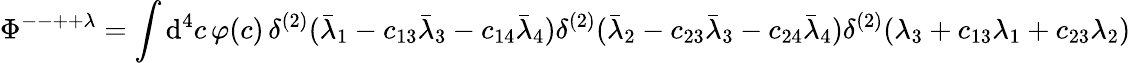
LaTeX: \Phi^{--++\lambda}=\int\mathrm{d}^{4}c\, \varphi(c)\, \delta^{(2)}(\bar{\lambda}_{1}-c_{13}\bar{\lambda}_{3}-c_{14}\bar{\lambda}_{4})\delta^{(2)}(\bar{\lambda}_{2}-c_{23}\bar{\lambda}_{3}-c_{24}\bar{\lambda}_{4})\delta^{(2)}(\lambda_{3}+c_{13}\lambda_{1}+c_{23}\lambda_{2})